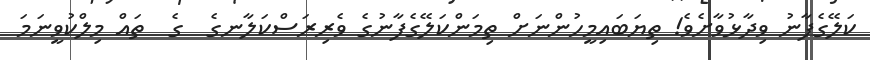
ކަލޭގެފާނު ވިދާޅުވާށެވެ! ތިޔަބައިމީހުންނަށް ތިމަންކަލޭގެފާނުގެ ވެރިރަސްކަލާނގެ  ގެ  ތައް މިލްކުވީނަމަ